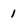
Character: 1